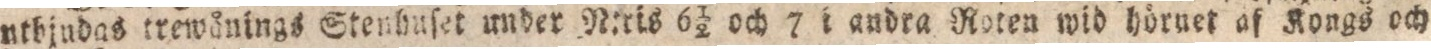
utbjudas trewånings Stenhuſet under N:ris 6½ och 7 i andra Roten wid hörnet af Kongs och